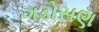
ગડોસણ